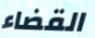
القضاء